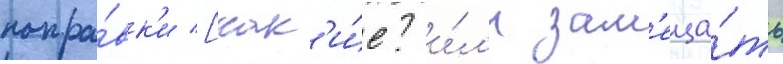
попра́вк'и [как'и́е? и́л'и зам'еща́ть